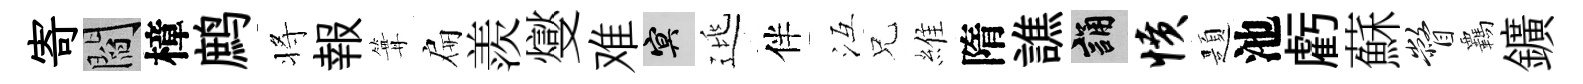
寄閻樟鹧将報篝扁羨燮难冥逃伴冱兄維隋譙誦愤題池虧蘇瞥覊鑛